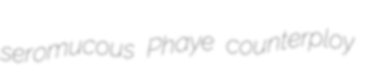
seromucous Phaye counterploy